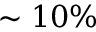
\sim 1 0 \%